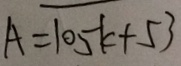
A = 1 0 5 k + 5 3